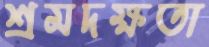
শ্রমদক্ষতা